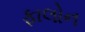
ફાલોન